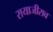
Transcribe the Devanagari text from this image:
रायाजीराव